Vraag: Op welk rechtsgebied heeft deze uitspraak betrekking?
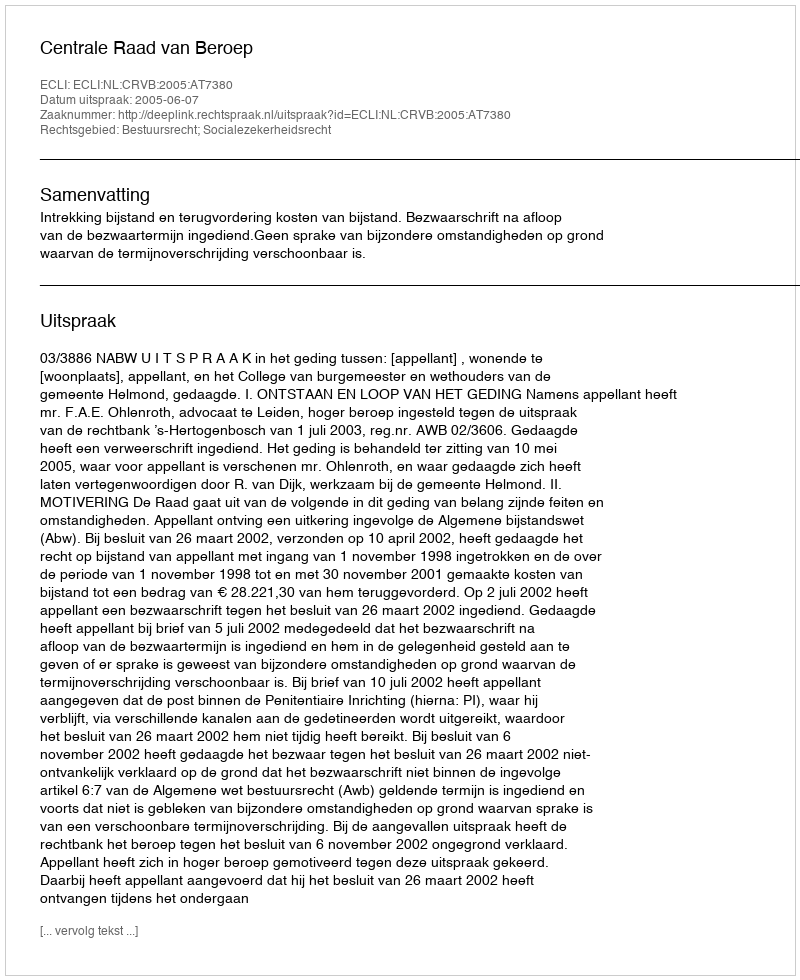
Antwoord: Bestuursrecht; Socialezekerheidsrecht